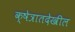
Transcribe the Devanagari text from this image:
क्षेत्रातदेखील